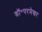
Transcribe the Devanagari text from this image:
डॉ॰परमेश्वर